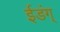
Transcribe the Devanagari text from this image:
ईडंग्